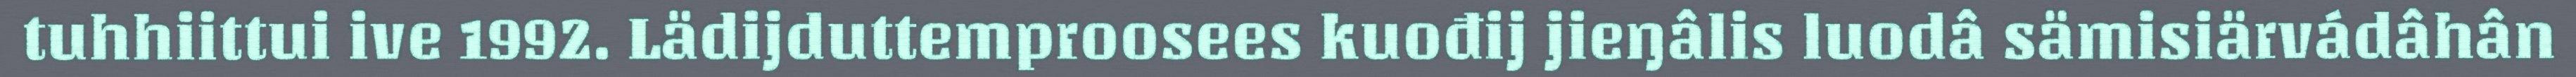
tuhhiittui ive 1992. Lädijduttemproosees kuođij jieŋâlis luodâ sämisiärvádâhân